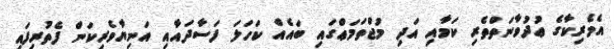
އެމެރިކާގެ ޢުދުވާނަތްތެރި ކަމާއި އަދި މުޖްތަމަޢްގައި ބައެއް ކަހަލަ ފަސާދައާއި އަނިޔާވެރިކަން ފެތުރިފައި